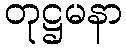
တုဋ္ဌမနာ